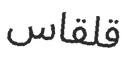
قلقاس